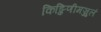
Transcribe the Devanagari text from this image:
किङ्किणीमञ्जुलं